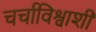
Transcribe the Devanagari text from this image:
चर्चाविश्वाशी